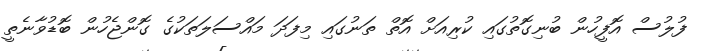
ފުލުސް އޮފީހުން ބުނިގޮތުގައި ކުރިއަށް އޮތް ތަނުގައި މިފަދަ މައްސަލަތަކުގެ ގޮންޖެހުން ބޮޑުވާނެތީ